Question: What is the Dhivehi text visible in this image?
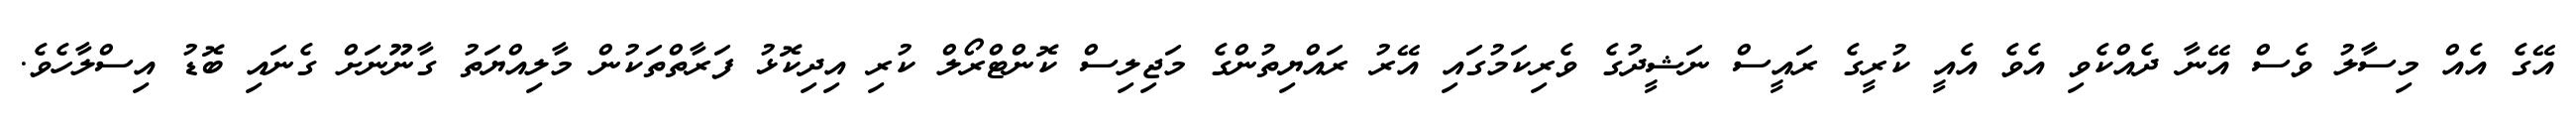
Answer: އޭގެ އެއް މިސާލު ވެސް އޭނާ ދެއްކެވި އެވެ އެއީ ކުރީގެ ރައީސް ނަޝީދުގެ ވެރިކަމުގައި އޭރު ރައްޔިތުންގެ މަޖިލިސް ކޮންޓްރޯލް ކުރި އިދިކޮޅު ފަރާތްތަކުން މާލިއްޔަތު ގާނޫނަށް ގެނައި ބޮޑު އިސްލާހެވެ.